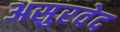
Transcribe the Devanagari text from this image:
असुरवेद